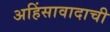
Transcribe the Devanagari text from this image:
अहिंसावादाची